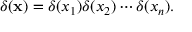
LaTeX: \delta ( \mathbf { x } ) = \delta ( x _ { 1 } ) \delta ( x _ { 2 } ) \cdots \delta ( x _ { n } ) .